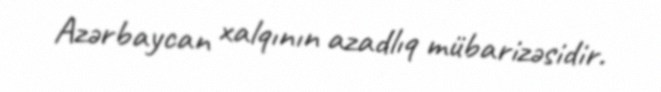
Azərbaycan xalqının azadlıq mübarizəsidir.